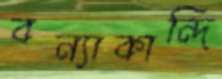
বন্যাকান্দি